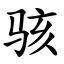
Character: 骇